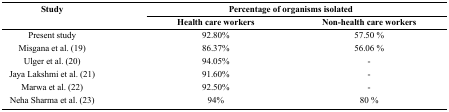
<table><thead><tr><td rowspan="3"><b>Study</b></td><td colspan="2"><b>Percentage of organisms isolated</b></td></tr><tr><td><b>Health care workers</b></td><td><b>Non-health care workers</b></td></tr></thead><tbody><tr><td>Present study</td><td>92.80%</td><td>57.50 %</td></tr><tr><td>Misgana et al. (19)</td><td>86.37%</td><td>56.06 %</td></tr><tr><td>Ulger et al. (20)</td><td>94.05%</td><td>-</td></tr><tr><td>Jaya Lakshmi et al. (21)</td><td>91.60%</td><td>-</td></tr><tr><td>Marwa et al. (22)</td><td>92.50%</td><td>-</td></tr><tr><td>Neha Sharma et al. (23)</td><td>94%</td><td>80 %</td></tr></tbody></table>